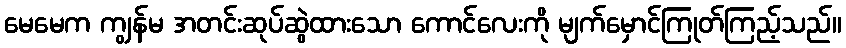
မေမေက ကျွန်မ အတင်းဆုပ်ဆွဲထားသော ကောင်လေးကို မျက်မှောင်ကြုတ်ကြည့်သည်။